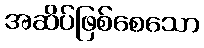
အဆိပ်ဖြစ်စေသော